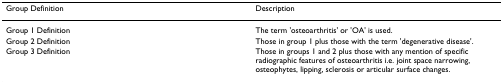
<table><thead><tr><td><b>Group Definition</b></td><td><b>Description</b></td></tr></thead><tbody><tr><td>Group 1 Definition</td><td>The term &#x27;osteoarthritis&#x27; or &#x27;OA&#x27; is used.</td></tr><tr><td>Group 2 Definition</td><td>Those in group 1 plus those with the term &#x27;degenerative disease&#x27;.</td></tr><tr><td>Group 3 Definition</td><td>Those in groups 1 and 2 plus those with any mention of specific radiographic features of osteoarthritis i.e. joint space narrowing, osteophytes, lipping, sclerosis or articular surface changes.</td></tr></tbody></table>